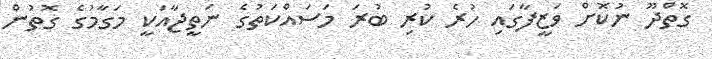
ގޮތްދޫ ނުކޮށް ވަޒީފާގައި ހުރެ ކުރި ބުރަ މަސައްކަތުގެ ނަތީޖާއަކީ މަގާމުގެ ގޮތުން